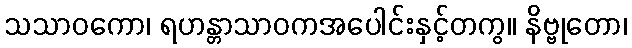
သသာဝကော၊ ရဟန္တာသာဝကအပေါင်းနှင့်တကွ။ နိဗ္ဗုတော၊